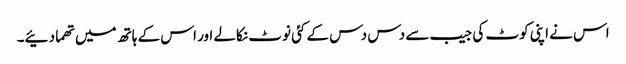
اس نے اپنی کوٹ کی جیب سے دس دس کے کئی نوٹ نکالے اور اس کے ہاتھ میں تھما دئیے۔